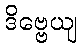
ဒိဗ္ဗေယျ